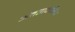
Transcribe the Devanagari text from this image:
अंतराकारिता